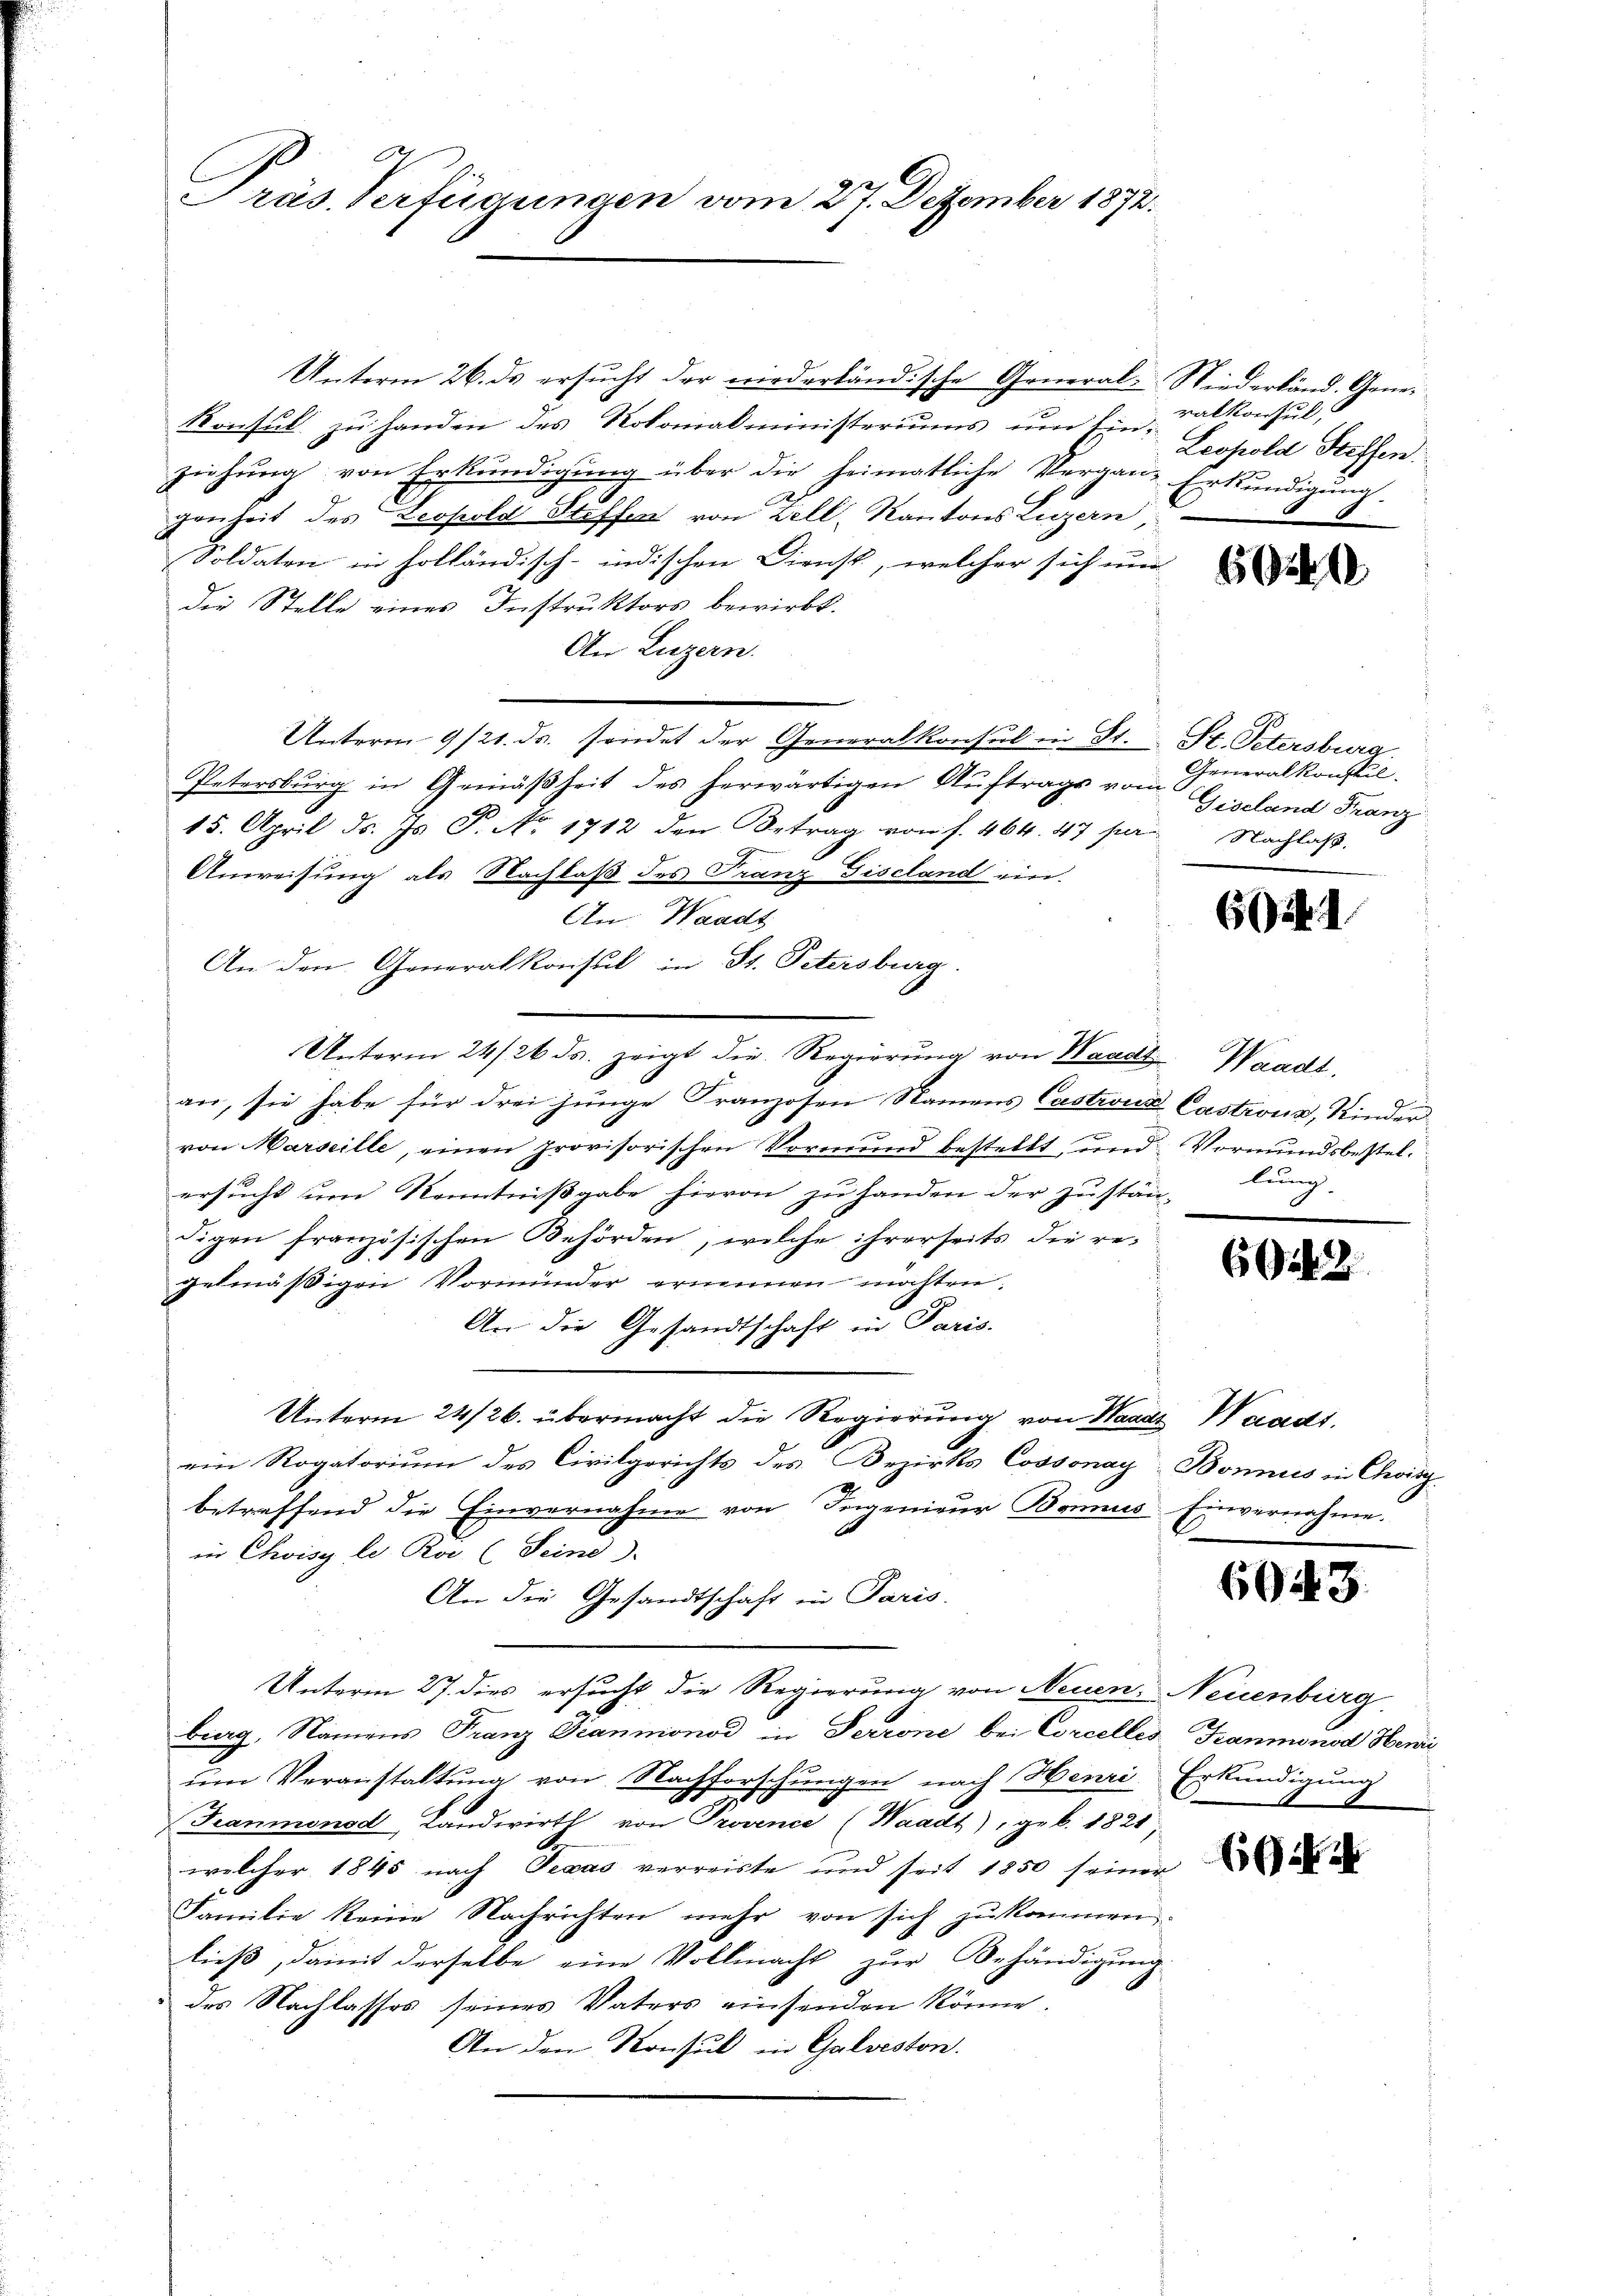
Präs. Verfügungen vom 27. Dezember 1872.

Unterm 26. ds ersucht der niederländische General-Niederländ. Gene¬
Konsul zu handen des Rokonadministeriums um Ein- Leopold Steffen
ziehung von Erkundigung über die heimatliche Vergane Erkundigung
genheit des Leopold Steffen von Zell, Kantons Luzern,
Soldaten in holländisch-indischen Dienst, welcher sich nur
die Stelle eines Instruktors bewirkt.
An Luzern.
Unterm 9/21. ds. sendet der Generalkonsul in St. St. Petersburg.
Petersburg in Gemäßheit des herwärtigen Auftrage vom
15. April d. Js. T. No. 1712 den Betrag von f. 464. 47 per Nachlaß.
Anweisung als Nachlaß des Franz Fiscland ein.
An Waadt
An den Generalkonsul in St. Petersburg.
Unterm 24/26. ds. zeigt die Regierung von Waadt
an, sie habe für drei junge Franzosen Namens Castrona Castrous, Kinder
von Marseille, einen provisorischen Vormund bestellt, und Vormundsbestelersucht um Kenntnißgabe hievon zu handen der zustän-
digen französischen Behörden, welche ihrerseits die regelmäßigen Vormünder erinnen möchten.
An die Gesandtschaft in Paris.
Unterm 24/26. übermacht die Regierung von Waadt Waadt.
ein Rogatorium des Civilgerichts des Bezirks Cossonay-Bonnus in Chinz
betreffend die Einvernahme von Ingenieur Bonnes Einvernahme.
in Chisy le. Roi (Seind
An die Gesandtschaft in Paris
Unterm 27. dies ersucht die Regierung von Neuen Neuenburg
burg, Namens Franz Grammonod in Perrone bei Concelles Franmonod Henri
um Veranstattung von Nachforschungen nach Henri Erkundigung
Feaumonsd Landwirth von Provence (Waadt) geb. 1821
welcher 1845 nach Texas verreiste und seit 1850 seiner
Familie keine Nachrichten mehr von sich zu kommen,
ließ, damit derselbe eine Vollmacht zur Behändigung
des Nachlasses seines Vaters einsenden könne.
An den Konsul in Galveston.

ralkonsul,

60

Generalkonstil
Giseland Franz

605. 1

Waadt.
lung.

6

604. 3

66.